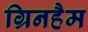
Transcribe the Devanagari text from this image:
ग्रिनहैम